Annual report on the lock hospitals of the Madras Presidency
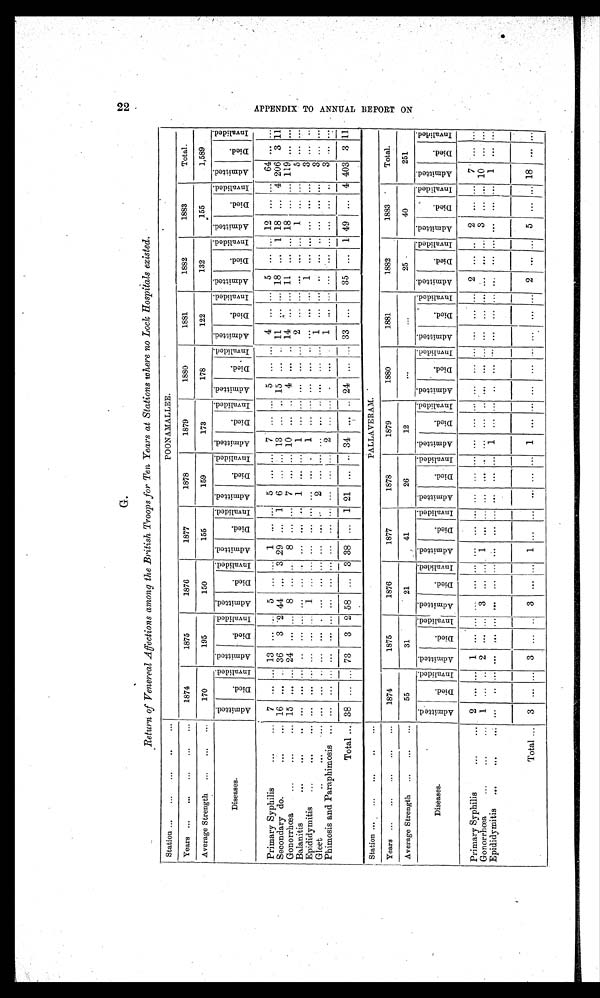
G.
Return of Venereal Affections among the British Troops for Ten Years at Stations where no Lock Hospitals existed.
Station ...
...
...
.. ...
POONAMALLEE.
Years ...
...
...
...
...
1874
1875
1876
1877
1878
1879
1880
1881
1882
1883
Total.
Average Strength ...
...
...
170
195
150
155
159
173
178
122
132
155
1,589
Diseases.
A d m i t t e d .
D i e d .
I n v a l i d e d . A d m i t t e d .
D i e d .
I n v a l i d e d . A d m i t t e d .
D i e d .
I n v a l i d e d . Ad mi t t e d .
D i e d .
I n v a l i d e d . Ad mi t t e d .
Di e d .
I n v a l i d e d . A d m i t t e d .
D i e d .
I n v a l i d e d . A d m i t t e d .
D i e d .
I n v a l i d e d . A d m i t t e d .
D i e d .
I n v a l i d e d . A d m i t t e d .
Di ed.
I n v a l i d e d . Ad mi t t e d .
Di ed.
I n v a l i d e d . Admi t t ed.
Di ed.
I n v a l i d e d .
Primary Syphilis
. . . . . .
7 ... ... 13 ... ... 5 ...
... 1
. . .
...
5 ... ... 7 ... ... 5 ... ... 4 ... ... 5 ... ... 12 ... ... 64 ... ...
Secondary do.
... ... 16 ... ... 36 3 2 44 ... 3 29
. . . 1 6 ... ... 13 ... .. 15 ... ... 11 ... ... 18 ... 1 18 ... 4 206 3 11
Gonorrhœa
...
... 15 ... ... 24 ... ... 8 ... ... 8
... ... 7 ... ... 10 ... ... 4 ... .. 14 ... ... 11 ... ... 18 ... ... 119 ... ...
Balanitis...
... ... ... ... ... ... ... ... ......
. . . ... 1 ...
....
1 ... ... ... ... ...
2 ... ... ... ... ...
1 ... ...
5 ... ...
Epididymitis
...
... ... ... ... ... ... 1 . . . ... ...
. . . ... ... ... . . .
1 ... ... ... ... ... ... ... ...
1 ... ... ... ... ... 3 ... ...
Gleet
... ... ... ... ... ... ... ... ......
.........
2 ... ...... ... ... ... ... ... 1 ... ... .. ... .. ... ... ...
3 ... ...
Phimosis and Paraphimosis ... . . . ... ... ... ... ... ... ... ... ...
. . . ... ... ... ... 2
. . . . ...
. . . ... ...
1 ... ... ... ... ... ... ... ... 3 ... ...
Total ... 38 ... ... 73 3 2 58 ... 3 38
. . . 1 21 ... ... 34 ... .. 24 ... ... 33 ... ... 35 ... 1 49 ... 4 403 3 11
Station ...
...
...
..
...
PALLAVERAM.
Years ...
...
...
...
...
1874
1875
1876
1877
1878
1879
1880
1881
1882
1883
Total.
Average Strength ...
...
...
55
31
21
41
26
12
...
. . .
25
40
251
Diseases.
A d m i t t e d .
D i e d .
I n v a l i d e d . A d m i t t e d .
D i e d .
I n v a l i d e d . A d m i t t e d .
Di e d .
I n v a l i d e d . A d mi t t e d .
Died.
I n v a l i d e d . Ad mi t t e d .
D i e d .
I n v a l i d e d . A d m i t t e d .
Died.
I n v a l i d e d . A d m i t t e d .
Di ed.
I n v a l i d e d . A d m i t t e d .
Di e d .
I n v a l i d e d . A d m i t t e d .
Di ed.
I n v a l i d e d . Admi t t ed.
Di ed.
I n v a l i d e d . Ad mi t t e d .
Di ed.
I n v a l i d e d .
Primary Syphilis
2 ... ...
1 ... ... ... ... ...... ... ... ... ... ... ... ... ...... ... ... ... ... ...
2 ... ... 2 ... ... 7 ... ...
Gonorrhœa
...
...
1 ... ...
2 ... ...
3 ... ...
1 ... ... ... ... ... ... ... ...... ... ... ... ... ... ... ... ... 3 ... ... 10 ... ...
Epididymitis ...
...
... ... ... ... ... ... ... ... ...... ... ... ... ... ...
1 ... ...... ... ... ... ... ... ... ... ... ... ... ...
1
... ...
Total ... 3 ... ... 3 ... ... 3 ... ... 1 ... ... ... ... ... 1 ... ...... ...
... ... ... 2 ... ... 5 ... ... 18 ... ...
A P P E N D I X T O A N N U A L R E P O R T O N